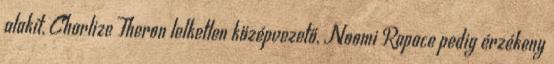
alakít, Charlize Theron lelketlen középvezető, Noomi Rapace pedig érzékeny